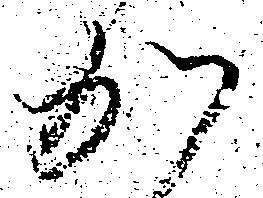
か